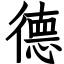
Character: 德